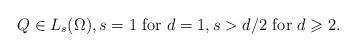
LaTeX: \begin{align*}Q\in L_s(\Omega),s=1\ \mbox{for}\ d=1, s>d/2\ \mbox{for}\ d\geqslant 2.\end{align*}